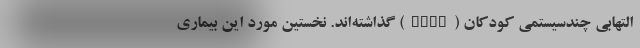
التهابی چندسیستمی کودکان (PIMS) گذاشته‌اند. نخستین مورد این بیماری